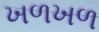
ખળખળ